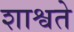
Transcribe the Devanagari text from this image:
शाश्वते